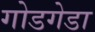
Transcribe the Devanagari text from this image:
गोडगेडा